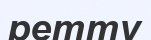
ретту